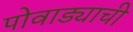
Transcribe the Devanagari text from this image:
पोवाड्याची